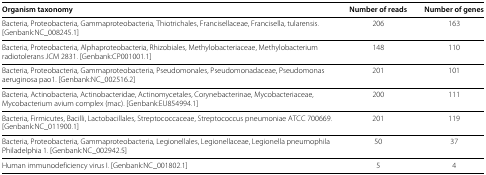
<table><thead><tr><td><b>Organism taxonomy</b></td><td><b>Number of reads</b></td><td><b>Number of genes</b></td></tr></thead><tbody><tr><td>Bacteria, Proteobacteria, Gammaproteobacteria, Thiotrichales, Francisellaceae, Francisella, tularensis.</td><td>206</td><td>163</td></tr><tr><td>[Genbank:NC_008245.1]</td><td></td><td></td></tr><tr><td>Bacteria, Proteobacteria, Alphaproteobacteria, Rhizobiales, Methylobacteriaceae, Methylobacterium</td><td>148</td><td>110</td></tr><tr><td>radiotolerans JCM 2831. [Genbank:CP001001.1]</td><td></td><td></td></tr><tr><td>Bacteria, Proteobacteria, Gammaproteobacteria, Pseudomonales, Pseudomonadaceae, Pseudomonas</td><td>201</td><td>101</td></tr><tr><td>aeruginosa pao1. [Genbank:NC_002516.2]</td><td></td><td></td></tr><tr><td>Bacteria, Actinobacteria, Actinobacteridae, Actinomycetales, Corynebacterinae, Mycobacteriaceae,</td><td>200</td><td>111</td></tr><tr><td>Mycobacterium avium complex (mac). [Genbank:EU854994.1]</td><td></td><td></td></tr><tr><td>Bacteria, Firmicutes, Bacilli, Lactobacillales, Streptococcaceae, Streptococcus pneumoniae ATCC 700669.</td><td>201</td><td>119</td></tr><tr><td>[Genbank:NC_011900.1]</td><td></td><td></td></tr><tr><td>Bacteria, Proteobacteria, Gammaproteobacteria, Legionellales, Legionellaceae, Legionella pneumophila</td><td>50</td><td>37</td></tr><tr><td>Philadelphia 1. [Genbank:NC_002942.5]</td><td></td><td></td></tr><tr><td>Human immunodeficiency virus I. [Genbank:NC_001802.1]</td><td>5</td><td>4</td></tr></tbody></table>